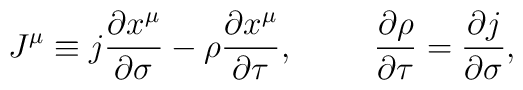
J^\mu\equiv j\frac{\partial x^\mu}{\partial\sigma}-\rho\frac{\partial x^\mu}{\partial\tau},\hspace*{1cm}\frac{\partial\rho}{\partial\tau}=\frac{\partial j}{\partial\sigma},